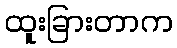
ထူးခြားတာက